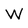
Character: W